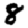
Digit: 8